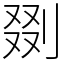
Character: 剟